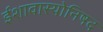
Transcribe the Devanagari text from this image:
ईशावास्योनिषद